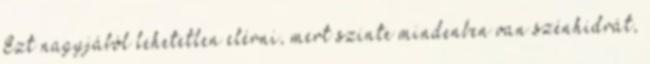
Ezt nagyjából lehetetlen elérni, mert szinte mindenben van szénhidrát,